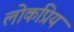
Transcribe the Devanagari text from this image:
लोकप्रिय